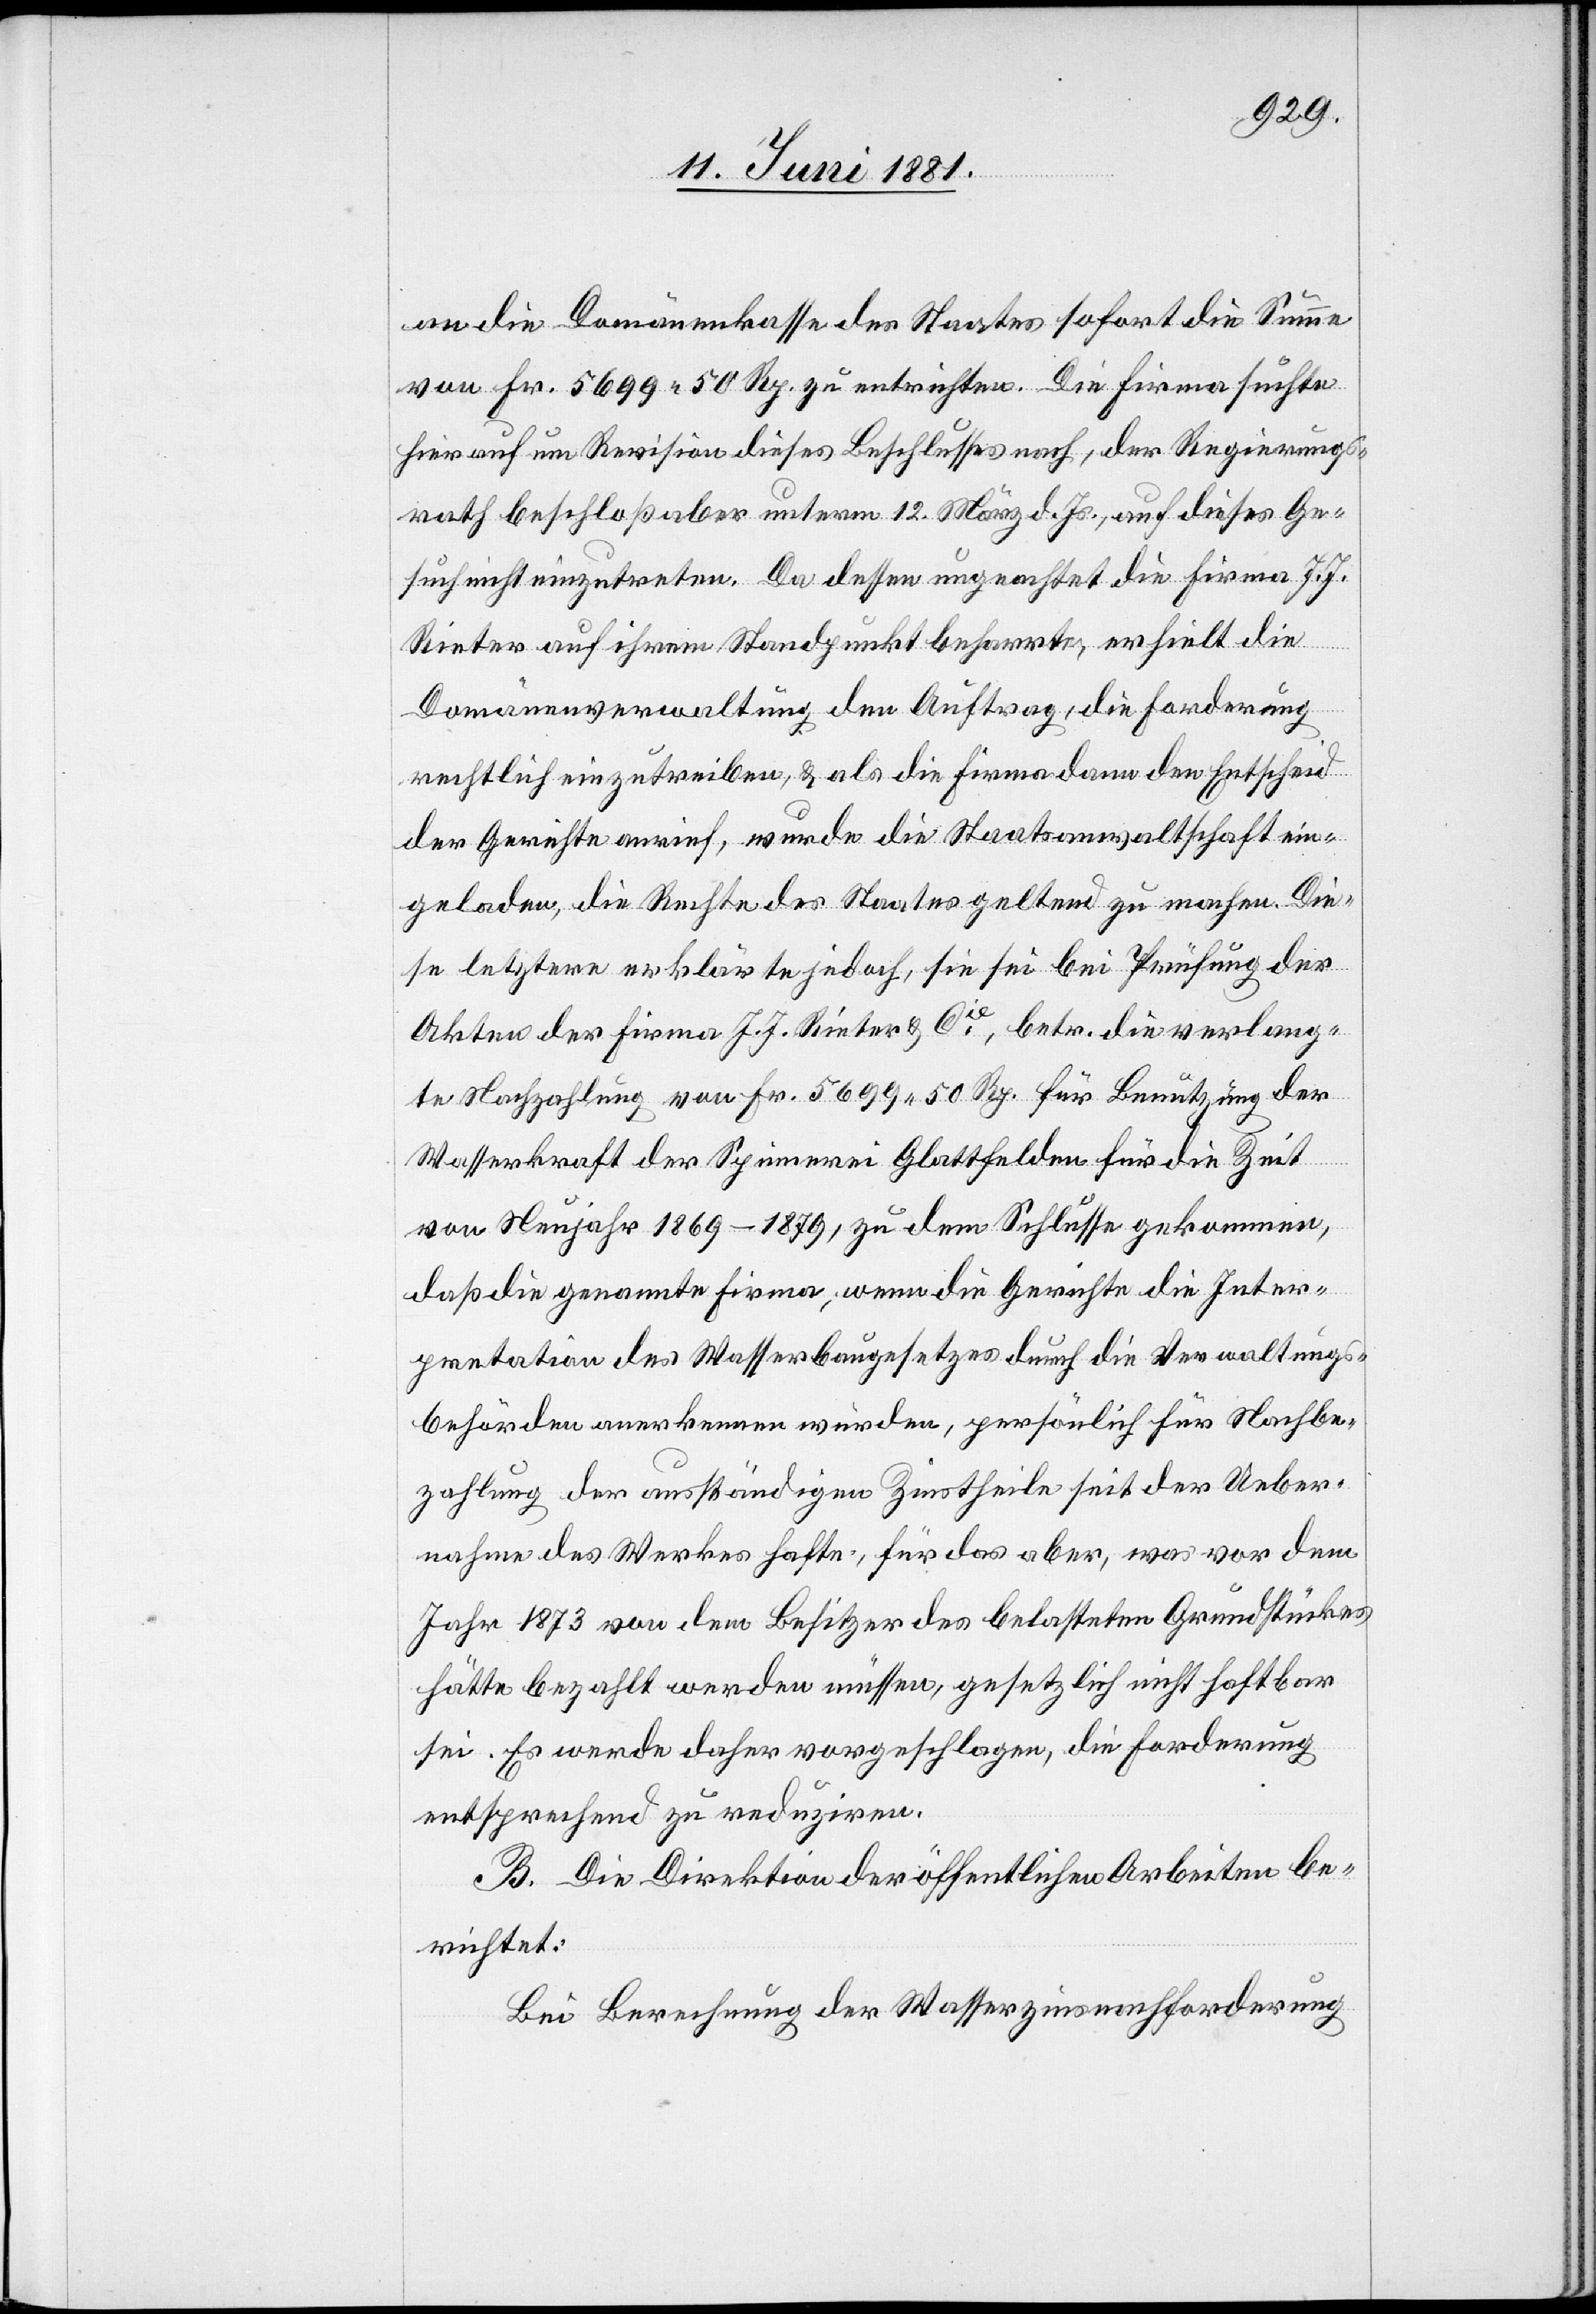
an die Domänenkasse des Staates sofort die Summe
von Fr. 5699 50 Rp. zu entrichten. Die Firma suchte
hierauf um Revision dieses Beschlusses nach, der Regierungs¬
rath beschloß aber unterm 12. März d. Js., auf dieses Ge¬
such nicht einzutreten. Da dessen ungeachtet die Firma J.
J.
Rieter auf ihrem Standpunkt beharrte, erhielt die
Domänenverwaltung den Auftrag, die Forderung
rechtlich einzutreiben, & als die Firma dann den Entscheid
der Gerichte anrief, wurde die Staatsanwaltschaft ein¬
geladen, die Rechte des Staates geltend zu machen. Die¬
se letztere erklärte jedoch, sie sei bei Prüfung der
Akten der Firma J. J. Rieter & Cie, betr. die verlang¬
te Nachzahlung von Fr. 5699 50 Rp. für Benutzung der
Wasserkraft der Spinnerei Glattfelden für die Zeit
von Neujahr 1869–1879, zu dem Schlusse gekommen,
daß die genannte Firma, wenn die Gerichte die Inter¬
pretation des Wasserbaugesetzes durch die Verwaltungs¬
behörde anerkennen würden, persönlich für Nachbe¬
zahlung der ausständigen Zinstheile seit der Ueber¬
nahme des Werkes hafte, für das aber, was vor dem
Jahre 1873 von dem Besitzer des belasteten Grundstückes
hätte bezahlt werden müssen, gesetzlich nicht haftbar
sei. Es werde daher vorgeschlagen, die Forderung
entsprechend zu reduziren.
B. Die Direktion der öffentlichen Arbeiten be¬
richtet:
Bei Berechnung der Wasserzinsnachforderung